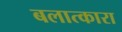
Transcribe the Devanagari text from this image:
बलात्कारा